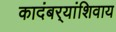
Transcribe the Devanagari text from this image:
कादंबर्‍यांशिवाय